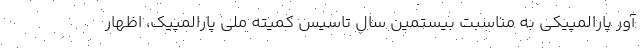
آور پارالمپیکی به مناسبت بیستمین سال تاسیس کمیته ملی پارالمپیک، اظهار